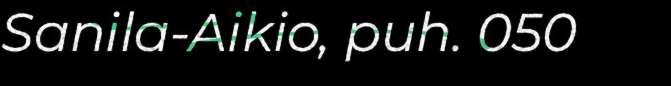
Sanila-Aikio, puh. 050